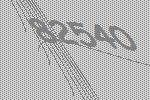
82540